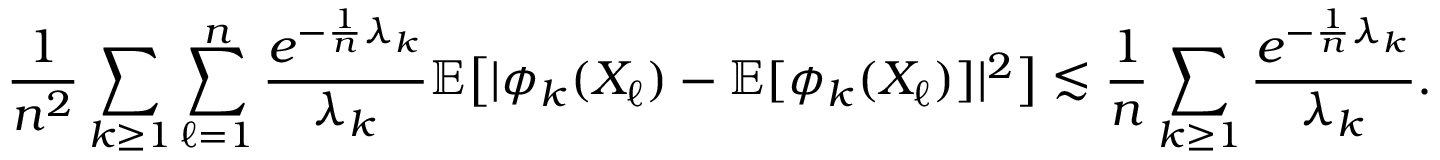
\frac 1 { n ^ { 2 } } \sum _ { k \ge 1 } \sum _ { \ell = 1 } ^ { n } \frac { e ^ { - \frac 1 n \lambda _ { k } } } { \lambda _ { k } } \mathbb { E } \big [ | \phi _ { k } ( X _ { \ell } ) - \mathbb { E } [ \phi _ { k } ( X _ { \ell } ) ] | ^ { 2 } \big ] \lesssim \frac 1 n \sum _ { k \ge 1 } \frac { e ^ { - \frac 1 n \lambda _ { k } } } { \lambda _ { k } } .